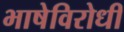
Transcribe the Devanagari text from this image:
भाषेविरोधी